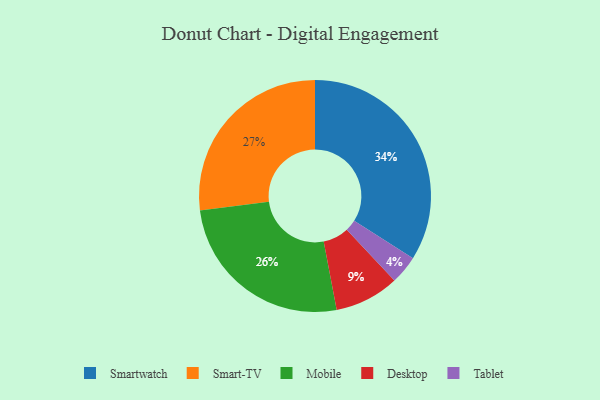
{"axis": {"x": "Category", "y": "Percentage"}, "legend": ["Desktop", "Mobile", "Smart-TV", "Smartwatch", "Tablet"], "data": [{"x": "Desktop", "y": 9, "type": "Desktop"}, {"x": "Tablet", "y": 4, "type": "Tablet"}, {"x": "Mobile", "y": 26, "type": "Mobile"}, {"x": "Smart-TV", "y": 27, "type": "Smart-TV"}, {"x": "Smartwatch", "y": 34, "type": "Smartwatch"}]}